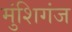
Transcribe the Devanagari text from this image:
मुंशिगंज